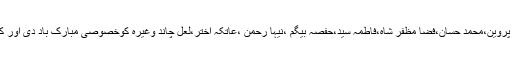
ڈاکٹر محمد ارشد،ایڈوائزر،بزم طلبہ نے بزم طلبہ کی ٹیم اوراس پروگرام کے خالق فوزیہ پروین،محمد حسان،فضا مظفر شاہ،فاطمہ سید،حفصہ بیگم ،نیہا رحمن ،عاتکہ اختر،لعل چاند وغیرہ کوخصوصی مبارک باد دی اور کہا کہ مجھے قوی امید ہے کہ آئندہ بھی شعبہ میں اس طرح کے پروگرام ہوتے رہیں گے۔